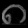
Digit: ၈